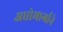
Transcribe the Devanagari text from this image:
अधोमार्गाने